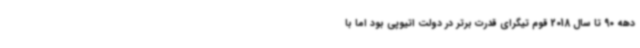
دهه 90 تا سال 2018 قوم تیگرای قدرت برتر در دولت اتیوپی بود اما با